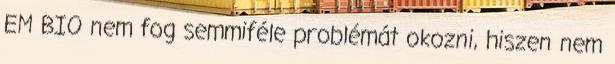
EM BIO nem fog semmiféle problémát okozni, hiszen nem